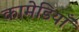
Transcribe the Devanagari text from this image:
कामेडियाँ